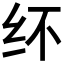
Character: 𰫽